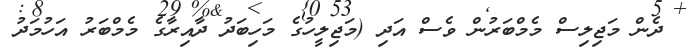
ދެން މަޖިލިސް މެމްބަރުން ވެސް އަދި (މަޖިލީހުގެ މަހިބަދު ދާއިރާގެ މެމްބަރު އަހުމަދު